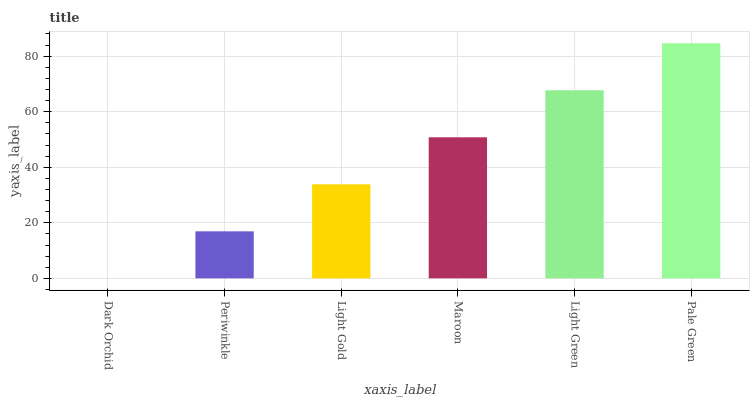
| xaxis_label | bars |
 | --- | --- |
 | Dark Orchid | 0 |
 | Periwinkle | 16.9 |
 | Light Gold | 33.9 |
 | Maroon | 50.8 |
 | Light Green | 67.7 |
 | Pale Green | 84.6 |